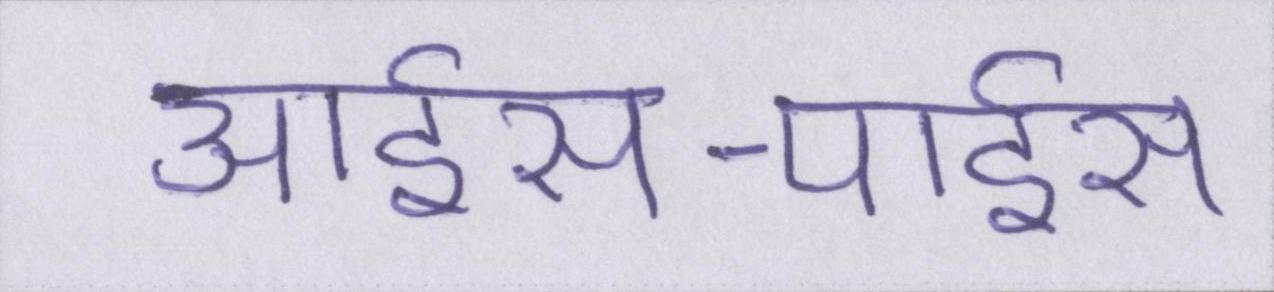
आईस-पाईस